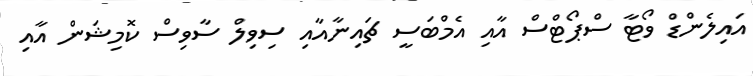
އައިލެންޑް ވޯޓާ ސްޕޯޓްސް އާއި އެމްބަސީ ޗައިނާއާއި ސިވިލް ސާވިސް ކޮމިޝަން އާއި